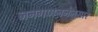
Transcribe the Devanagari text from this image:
जनगणननेनुसार